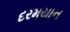
દરમયાન